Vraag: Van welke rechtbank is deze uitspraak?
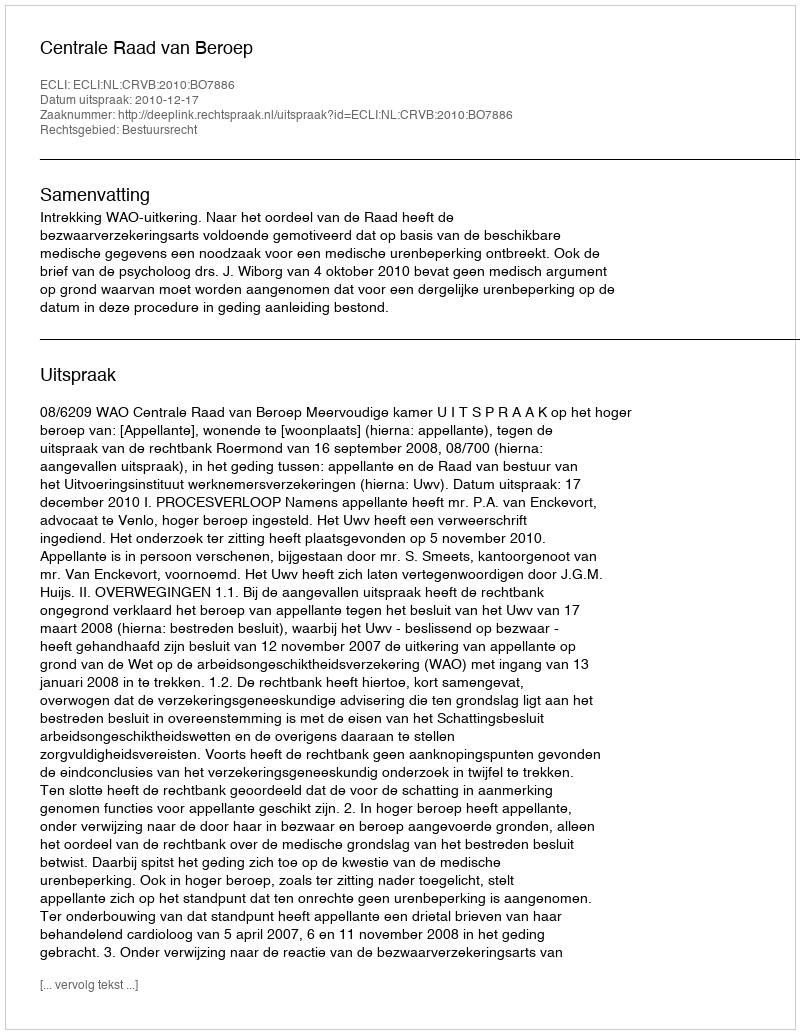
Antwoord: Centrale Raad van Beroep